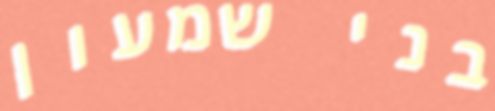
בני שמעון